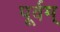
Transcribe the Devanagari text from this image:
पूर्वम्